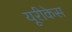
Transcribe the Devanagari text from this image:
यूरीकेस